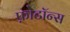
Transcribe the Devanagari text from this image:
फ़ोटॉन्स